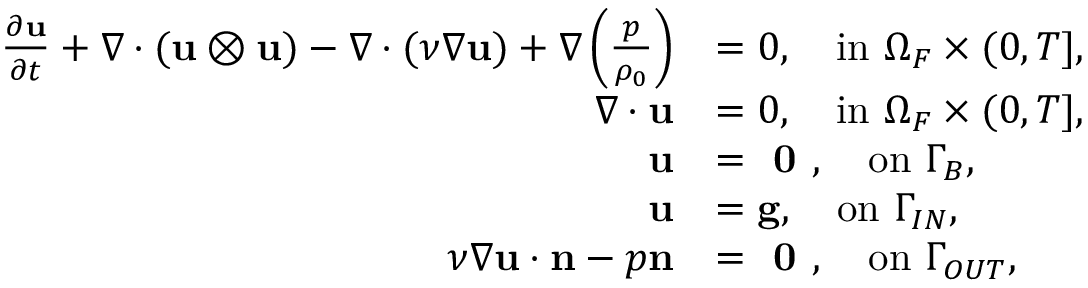
\begin{array} { r l } { \frac { \partial \mathbf { u } } { \partial t } + \nabla \cdot ( \mathbf { u } \otimes \mathbf { u } ) - \nabla \cdot ( \nu \nabla \mathbf { u } ) + \nabla \left( \frac { p } { \rho _ { 0 } } \right) } & { = 0 , \quad \mathrm { i n ~ } \Omega _ { F } \times ( 0 , T ] , } \\ { \nabla \cdot \mathbf { u } } & { = 0 , \quad \mathrm { i n ~ } \Omega _ { F } \times ( 0 , T ] , } \\ { \mathbf { u } } & { = \textbf { 0 } , \quad \mathrm { o n ~ } \Gamma _ { B } , } \\ { \mathbf { u } } & { = \mathbf { g } , \quad \mathrm { o n ~ } \Gamma _ { I N } , } \\ { \nu \nabla \mathbf { u } \cdot \mathbf { n } - p \mathbf { n } } & { = \textbf { 0 } , \quad \mathrm { o n ~ } \Gamma _ { O U T } , } \end{array}